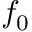
f _ { 0 }